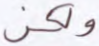
ولكن